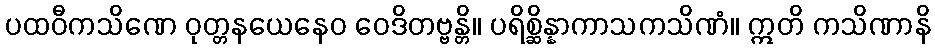
ပထဝီကသိဏေ ဝုတ္တနယေနေဝ ဝေဒိတဗ္ဗန္တိ။ ပရိစ္ဆိန္နာကာသကသိဏံ။ ဣတိ ကသိဏာနိ